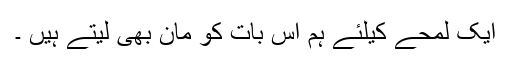
ایک لمحے کیلئے ہم اس بات کو مان بھی لیتے ہیں ۔